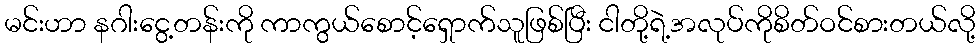
မင်းဟာ နဂါးငွေ့တန်းကို ကာကွယ်စောင့်ရှောက်သူဖြစ်ပြီး ငါတို့ရဲ့အလုပ်ကိုစိတ်ဝင်စားတယ်လို့